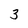
Character: 3